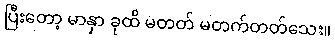
ပြီးတော့ မာနှာ ခုထိ မတတ် မတက်တတ်သေး။